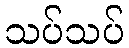
သပ်သပ်